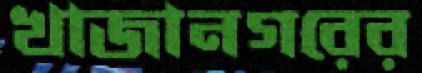
খাজানগরের